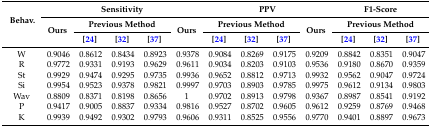
| <ROWSPAN=3> Behav. | <COLSPAN=5> Sensitivity | <COLSPAN=4> PPV | <COLSPAN=3> F1-Score |
 | <ROWSPAN=2> Ours | <COLSPAN=3> Previous Method | <ROWSPAN=2> Ours | <COLSPAN=3> Previous Method | <ROWSPAN=2> Ours | <COLSPAN=3> Previous Method |
 | [24] | [32] | [37] | [24] | [32] | [37] | [24] | [32] | [37] |
 | --- | --- | --- | --- | --- | --- | --- | --- | --- | --- | --- | --- | --- |
 | W | 0.9046 | 0.8612 | 0.8434 | 0.8923 | 0.9378 | 0.9084 | 0.8269 | 0.9175 | 0.9209 | 0.8842 | 0.8351 | 0.9047 |
 | R | 0.9772 | 0.9331 | 0.9193 | 0.9629 | 0.9611 | 0.9034 | 0.8203 | 0.9103 | 0.9536 | 0.9180 | 0.8670 | 0.9359 |
 | St | 0.9929 | 0.9474 | 0.9295 | 0.9735 | 0.9936 | 0.9652 | 0.8812 | 0.9713 | 0.9932 | 0.9562 | 0.9047 | 0.9724 |
 | Si | 0.9954 | 0.9523 | 0.9378 | 0.9821 | 0.9997 | 0.9703 | 0.8903 | 0.9785 | 0.9975 | 0.9612 | 0.9134 | 0.9803 |
 | Wav | 0.8809 | 0.8371 | 0.8198 | 0.8656 | 1 | 0.9702 | 0.8913 | 0.9798 | 0.9367 | 0.8987 | 0.8541 | 0.9192 |
 | P | 0.9417 | 0.9005 | 0.8837 | 0.9334 | 0.9816 | 0.9527 | 0.8702 | 0.9605 | 0.9612 | 0.9259 | 0.8769 | 0.9468 |
 | K | 0.9939 | 0.9492 | 0.9302 | 0.9793 | 0.9606 | 0.9311 | 0.8525 | 0.9556 | 0.9770 | 0.9401 | 0.8897 | 0.9673 |